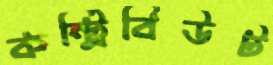
কন্ট্রিবিউট